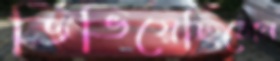
ডিঙিয়েছিলেন